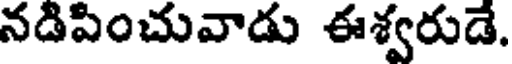
నడిపించువాడు ఈశ్వరుడే.